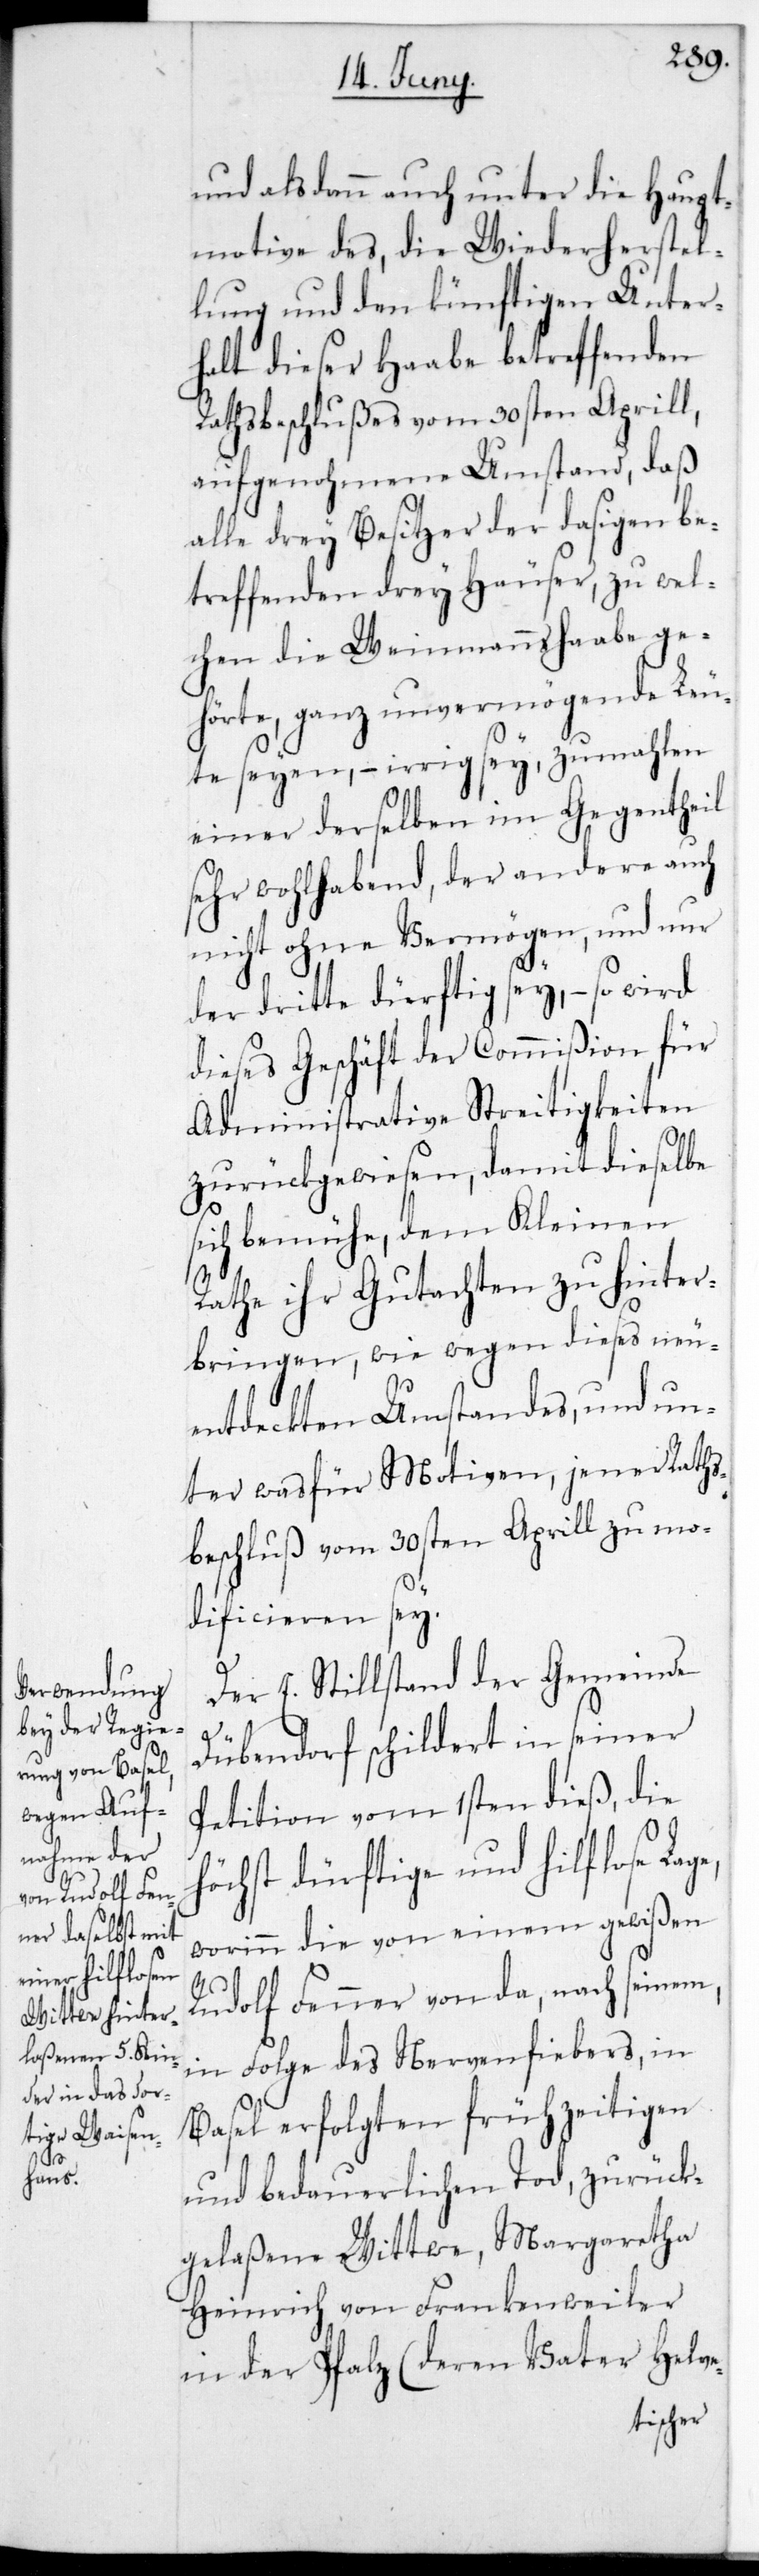
und alsdann auch unter die Haupt¬
motive des, die Wiederherstel¬
lung und den künftigen Unter¬
halt dieser Haabe betreffenden
Rathsbeschlußes vom 30sten Aprill,
aufgenohmene Umstand, daß
alle drey Besitzer der dasigen be¬
treffenden drey Häuser, zu wel¬
chen die Weinmannshaabe ge¬
hörte, ganz unvermögende Leu¬
te seyen, – irrig sey, zumahlen
einer derselben im Gegentheil
sehr wohlhabend, der andere auch
nicht ohne Vermögen, und nur
der dritte dürftig sey, – so wird
dieses Geschäft der Commißion für
Administrative Streitigkeiten
zurückgewiesen, damit dieselbe
sich bemühe, dem Kleinen
Rathe ihr Gutachten zu hinter¬
bringen, wie wegen dieses neu
entdeckten Umstandes und un¬
ter was für Motiven, jener Raths¬
beschluß vom 30sten Aprill zu mo¬
dificieren sey.
Der E. Stillstand der Gemeinde
Dübendorf schildert in seiner
Petition vom 1sten dieß, die
höchst dürftige und hilflose Lage,
worinn die von einem gewißen
Rudolf Fenner von da, nach seinem,
in Folge des Nervenfiebers in
Basel erfolgten frühzeitigen
und bedauerlichen Tod, zurück¬
gelaßene Wittwe, Margaretha
Heinrich von Frankenweiler
in der Pfalz (deren Vater Helve-